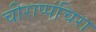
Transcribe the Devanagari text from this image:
चीराप्पंचिरा